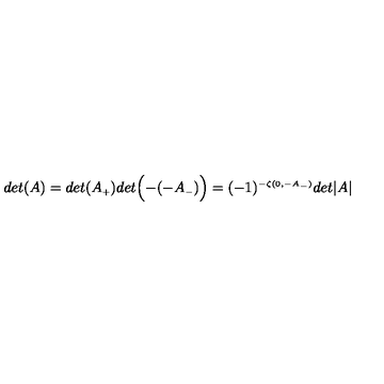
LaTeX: d e t ( A ) = d e t ( A _ { \scriptscriptstyle + } ) d e t \Bigl ( - ( - A _ { \scriptscriptstyle - } ) \Bigr ) = ( - 1 ) ^ { \scriptscriptstyle - \zeta ( 0 , - A _ { \scriptscriptstyle - } ) } d e t \vert A \vert